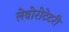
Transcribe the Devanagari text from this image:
लेवोरोटेटरी